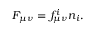
F _ { \mu \nu } = f _ { \mu \nu } ^ { i } n _ { i } .